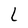
Character: L